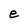
Character: e